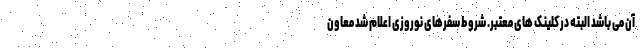
آن می باشد البته در کلینک های معتبر. شروط سفرهای نوروزی اعلام شد معاون